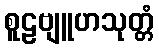
စူဠဗျူဟသုတ္တံ